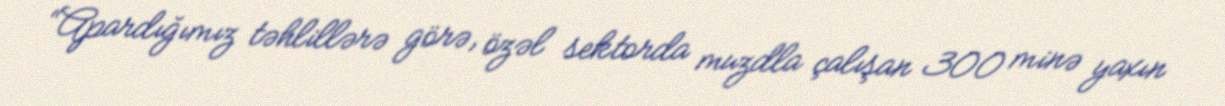
“Apardığımız təhlillərə görə, özəl sektorda muzdla çalışan 300 minə yaxın